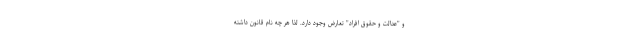
و "عدالت و حقوق افراد" تعارض وجود دارد. لذا هر چه نام قانون داشته